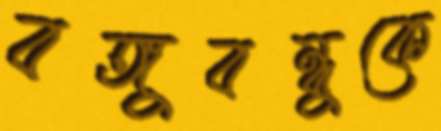
বঙ্গুবন্ধুকে